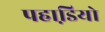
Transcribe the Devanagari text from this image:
पहाडि़यो